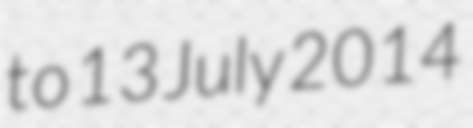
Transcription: to 13 July 2014